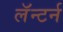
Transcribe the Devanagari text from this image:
लॅन्टर्न